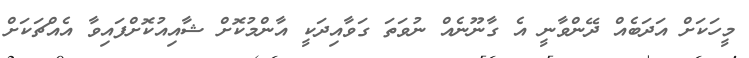
މީހަކަށް އަދަބެއް ދޭންވާނީ އެ ގާނޫނެއް ނުވަތަ ގަވާއިދަކީ އާންމުކޮށް ޝާއިއުކޮށްފައިވާ އެއްޗަކަށް